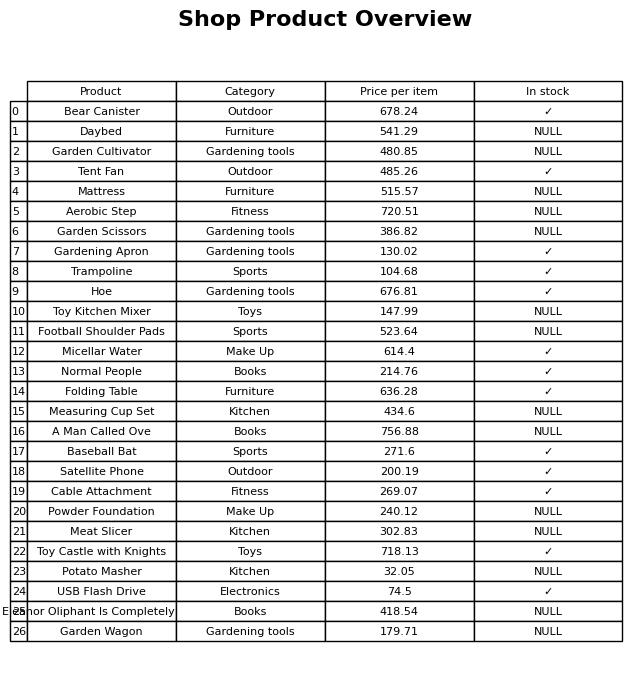
question: What is the price of the Micellar Water?
answer: The price of Micellar Water is 614.4.